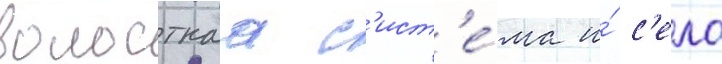
волостнаа с'ист'е́ма и́ с'ело